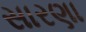
સારણા